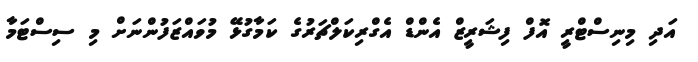
އަދި މިނިސްޓްރީ އޮފް ފިޝަރީޒް އެންޑް އެގްރިކަލްޗަރުގެ ކަމާގުޅޭ މުވައްޒަފުންނަށް މި ސިސްޓަމާ